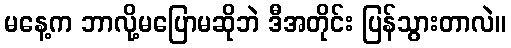
မနေ့က ဘာလို့မပြောမဆိုဘဲ ဒီအတိုင်း ပြန်သွားတာလဲ။